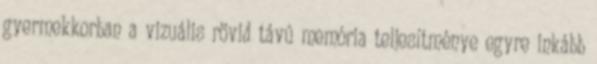
gyermekkorban a vizuális rövid távú memória teljesítménye egyre inkább